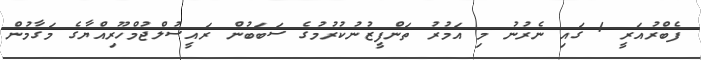
ފެބްރުއަރީ 1 ގައި ނެރުނު މި އަމުރު ތަންފީޒުނުކުރުމުގެ ސަބަބުން ރައީސުލްޖުމްހޫރިއްޔާގެ މަގާމުން